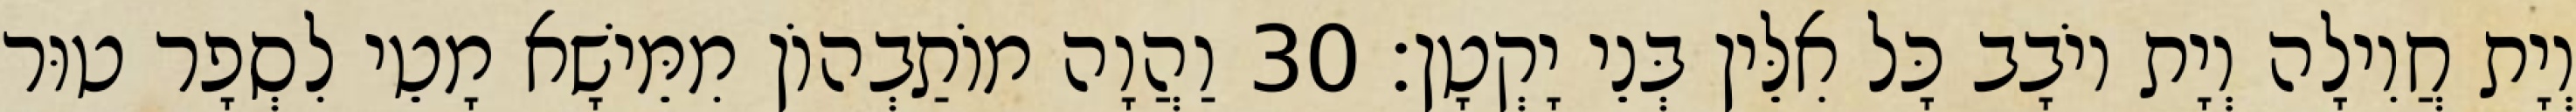
וְיָת חֲוִילָה וְיָת יוֹבָב כָּל אִלֵּין בְּנֵי יָקְטָן׃ 30 וַהֲוָה מוֹתַבְהוֹן מִמֵּישָׁא מָטֵי לִסְפָר טוּר